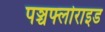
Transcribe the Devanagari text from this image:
पञ्चफ्लोराइड